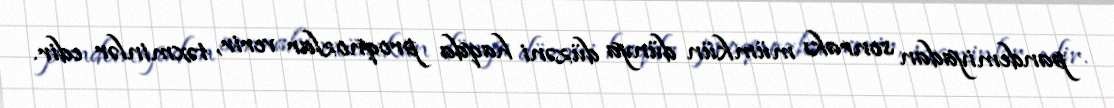
pandemiyadan sonrakı mümkün dünya düzəni haqda proqnozlar verir, təxminlər edir.